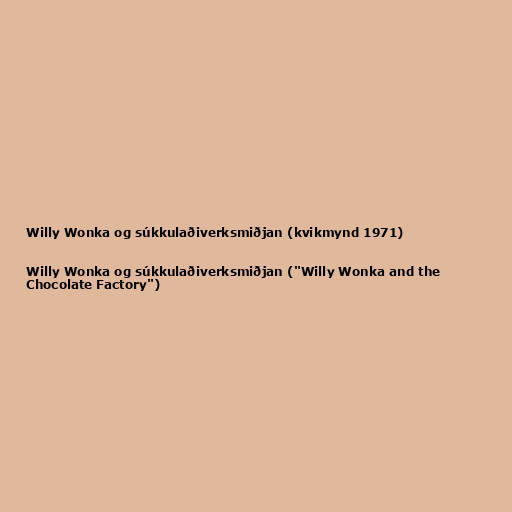
Willy Wonka og súkkulaðiverksmiðjan (kvikmynd 1971)

Willy Wonka og súkkulaðiverksmiðjan ("Willy Wonka and the
Chocolate Factory")